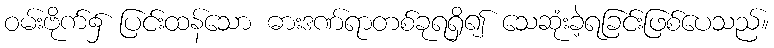
ဝမ်းဗိုက်၌ ပြင်းထန်သော ဓားဒဏ်ရာတစ်ခုရရှိ၍ သေဆုံးခဲ့ရခြင်းဖြစ်ပေသည်။